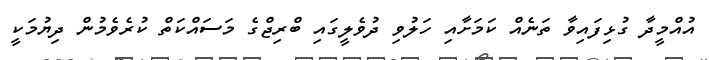
އުއްމީދާ ގުޅިފައިވާ ތަނެއް ކަމަށާއި ހަލުވި ދުވެލީގައި ބްރިޖްގެ މަސައްކަތް ކުރެވެމުން ދިޔުމަކީ